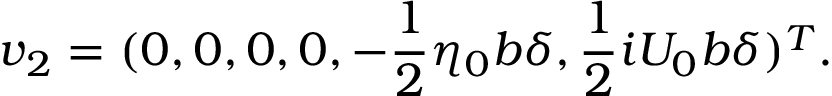
\boldsymbol { v } _ { 2 } = ( 0 , 0 , 0 , 0 , - \frac { 1 } { 2 } \eta _ { 0 } b \delta , \frac { 1 } { 2 } i U _ { 0 } b \delta ) ^ { T } .